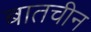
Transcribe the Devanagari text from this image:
बातचीन